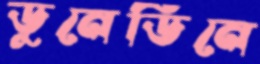
ডুনেডিনে